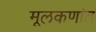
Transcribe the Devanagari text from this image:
मूलकणांत